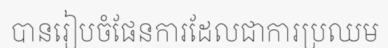
បានរៀបចំផែនការដែលជាការប្រឈម